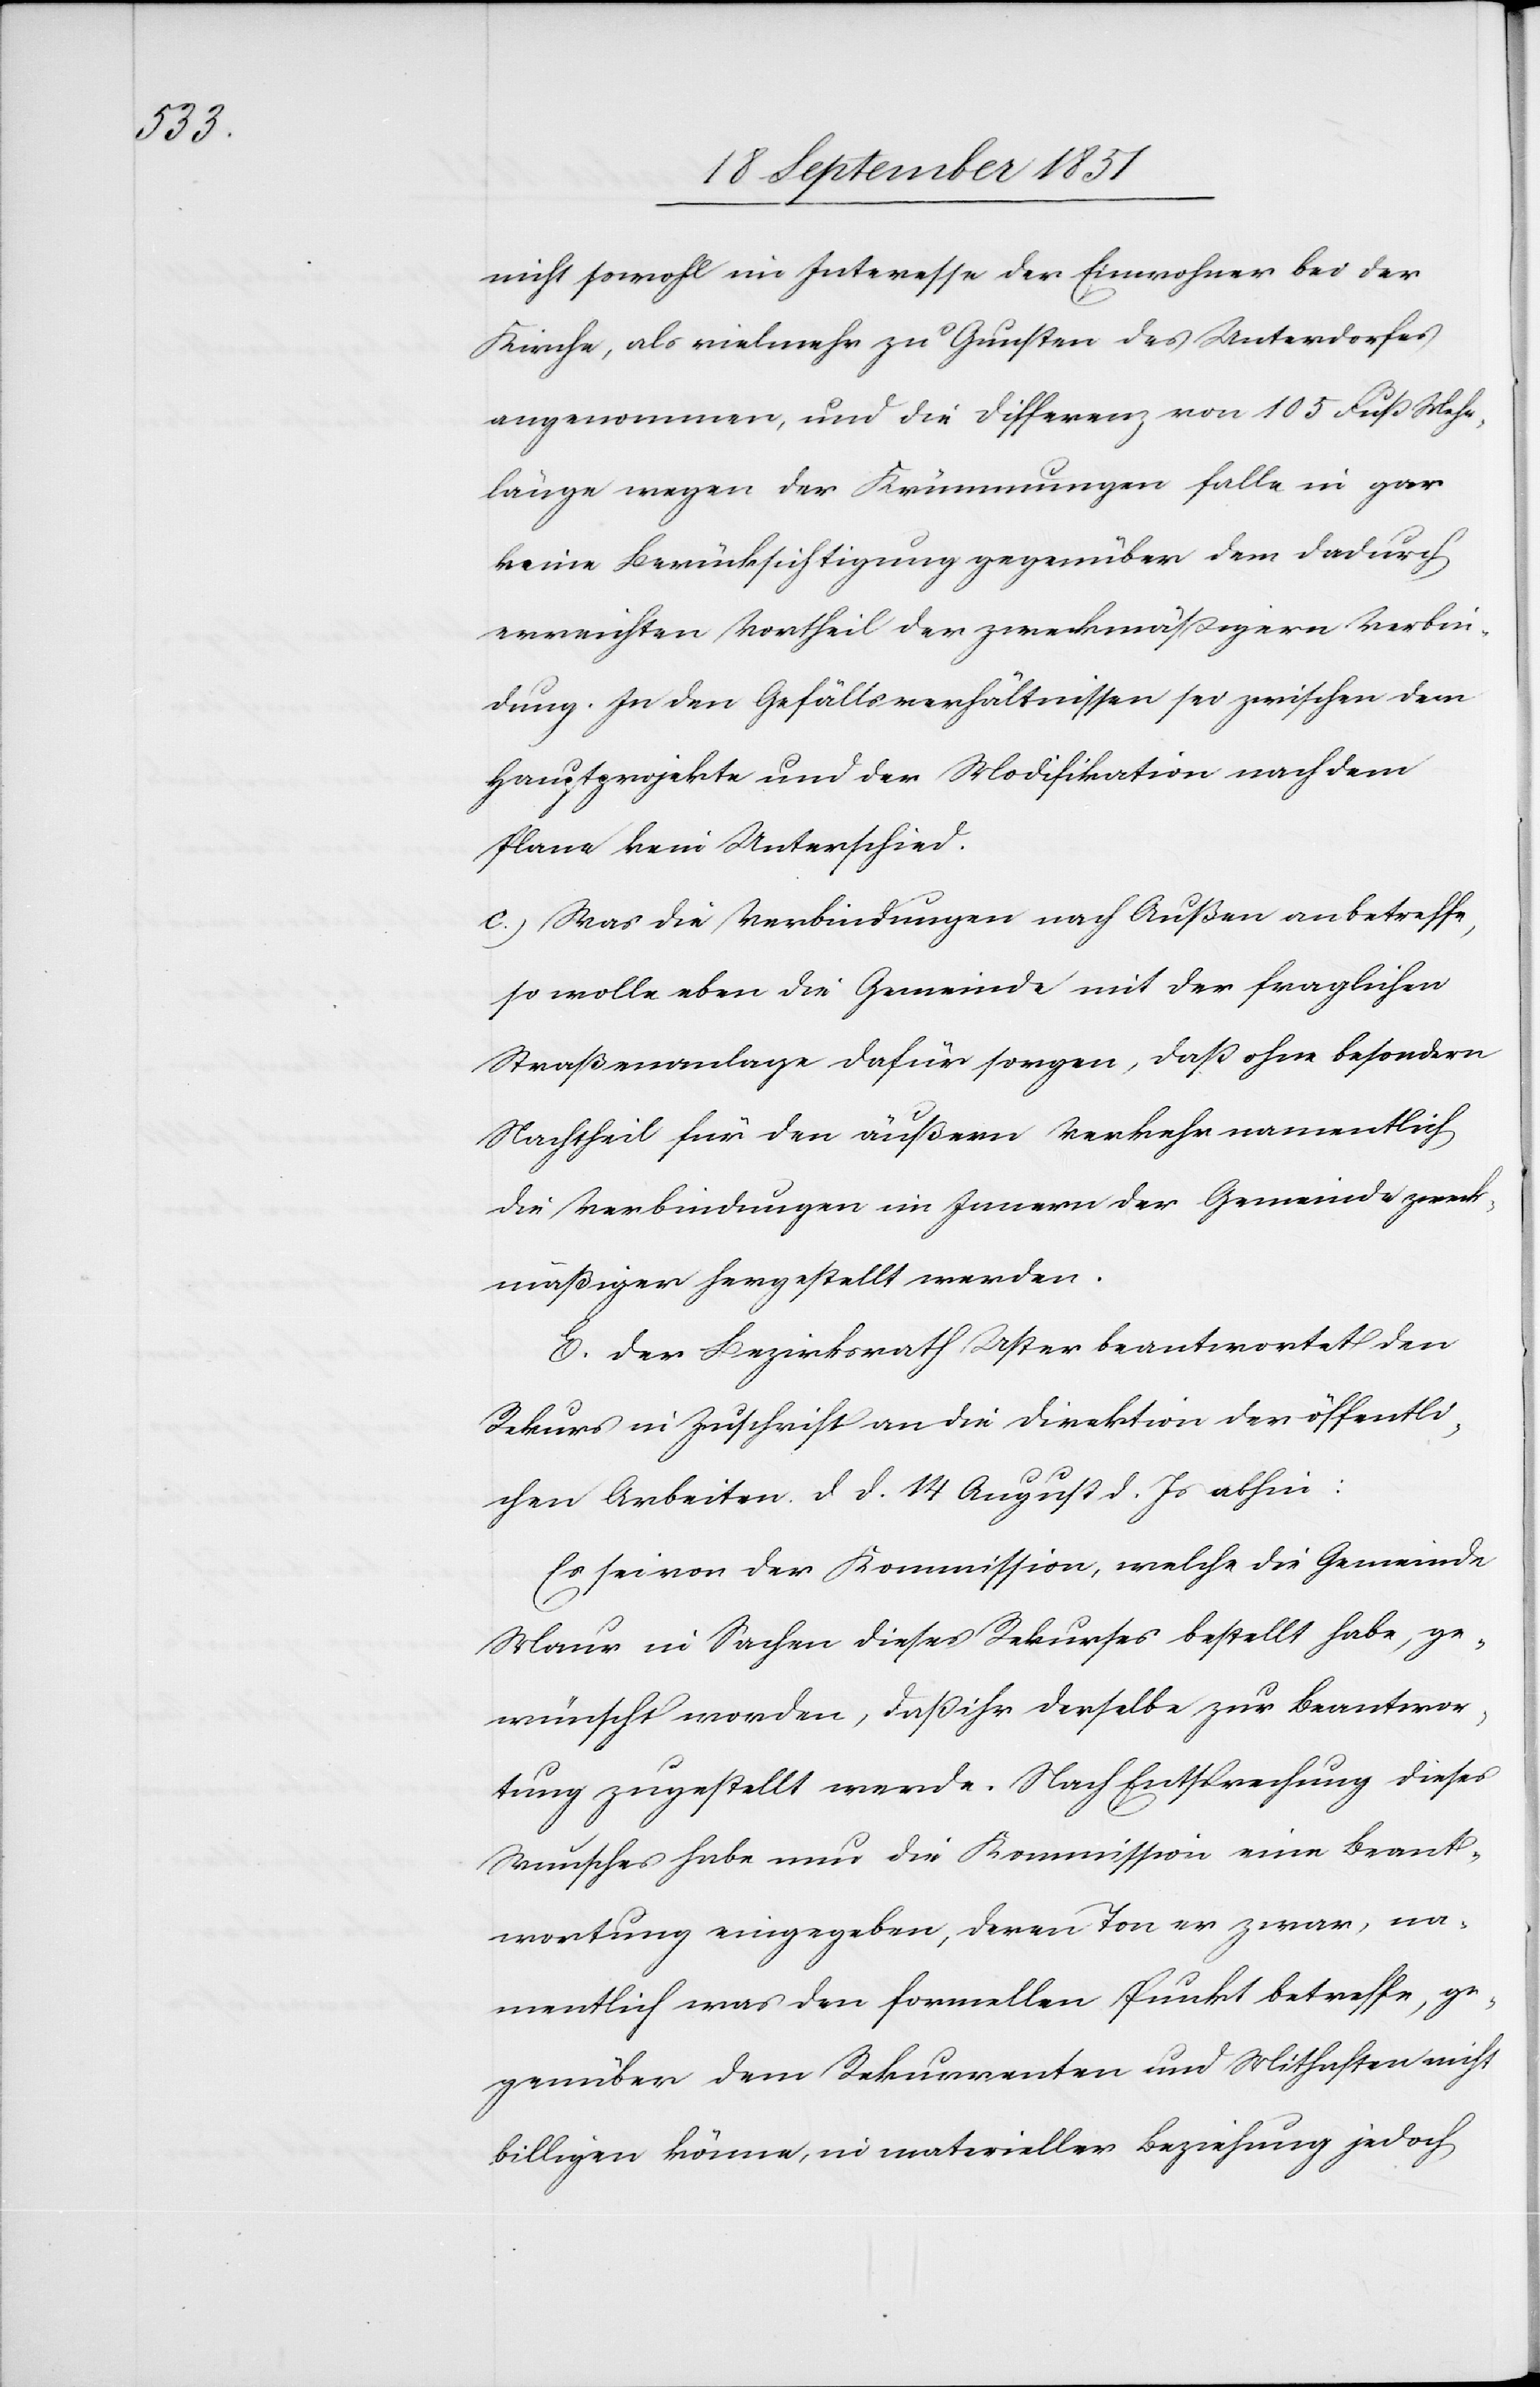
nicht sowohl im Interesse der Einwohner bei der
Kirche, als vielmehr zu Gunsten des Unterdorfes
angenommen, und die Differenz von 105 Fuß Mehr¬
länge wegen der Krümmungen falle in gar
keine Berücksichtigung gegenüber dem dadurch
erreichten Vortheil der zweckmäßigern Verbin¬
dung. In den Gefällsverhältnissen sei zwischen dem
Hauptprojekte und der Modifikation nach dem
Plane kein Unterschied.
c.) Was die Verbindungen nach Außen anbetreffe,
so wolle eben die Gemeinde mit der fraglichen
Straßenanlage dafür sorgen, daß ohne besondern
Nachtheil für den äußern Verkehr namentlich
die Verbindungen im Innern der Gemeinde zweck¬
mäßiger hergestellt werden.
E. Der Bezirksrath Uster beantwortet den
Rekurs in Zuschrift an die Direktion der öffentli¬
chen Arbeiten d. d. 14 August d. Js abhin:
Es sei von der Kommission, welche die Gemeinde
Maur in Sachen dieses Rekurses bestellt habe, ge¬
wünscht worden, daß ihr derselbe zur Beantwor¬
tung zugestellt werde. Nach Entsprechung dieses
Wunsches habe nun die Kommission eine Beant¬
wortung eingegeben, deren Ton er zwar, na¬
mentlich was den formellen Punkt betreffe, ge¬
genüber dem Rekurrenten und Mithaften nicht
billigen könne, in materieller Beziehung jedoch